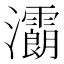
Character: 𤅉